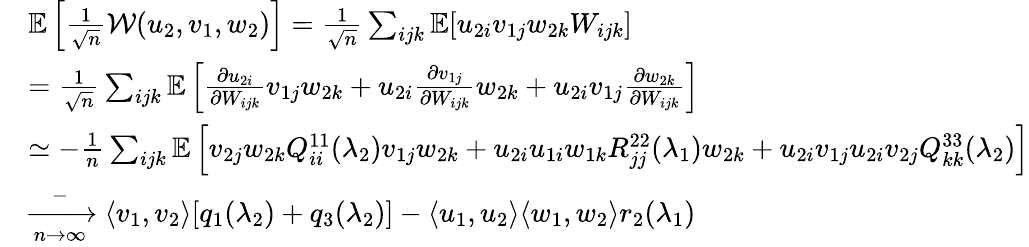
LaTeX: \begin{array}{rl}&{\mathbb{E}\left[\frac{1}{\sqrt n}{\mathcal{W}}(u_{2},v_{1},w_{2})\right]=\frac{1}{\sqrt n}\sum_{ijk}\mathbb{E}[u_{2i}v_{1j}w_{2k}W_{ijk}]}\\ &{=\frac{1}{\sqrt n}\sum_{ijk}\mathbb{E}\left[\frac{\partial u_{2i}}{\partial W_{ijk}}v_{1j}w_{2k}+u_{2i}\frac{\partial v_{1j}}{\partial W_{ijk}}w_{2k}+u_{2i}v_{1j}\frac{\partial w_{2k}}{\partial W_{ijk}}\right]}\\ &{\simeq-\frac 1n\sum_{ijk}\mathbb{E}\left[v_{2j}w_{2k}Q_{ii}^{11}(\lambda_{2})v_{1j}w_{2k}+u_{2i}u_{1i}w_{1k}R_{jj}^{22}(\lambda_{1})w_{2k}+u_{2i}v_{1j}u_{2i}v_{2j}Q_{kk}^{33}(\lambda_{2})\right]}\\ &{\xrightarrow[n\to\infty]-\langle v_{1},v_{2}\rangle[q_{1}(\lambda_{2})+q_{3}(\lambda_{2})]-\langle u_{1},u_{2}\rangle\langle w_{1},w_{2}\rangle r_{2}(\lambda_{1})}\end{array}